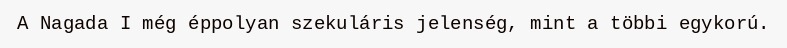
A Nagada I még éppolyan szekuláris jelenség, mint a többi egykorú.